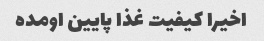
اخیرا کیفیت غذا پایین اومده